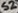
Text: S2